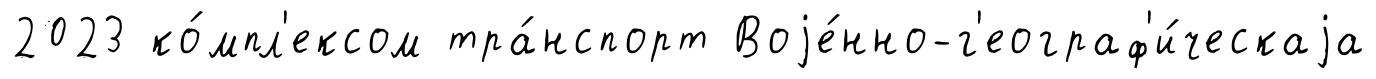
2023 ко́мпл'ексом тра́нспорт Воjе́нно-г'еограф'и́ческаjа